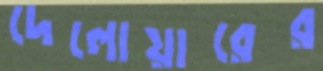
দেলোয়ারের